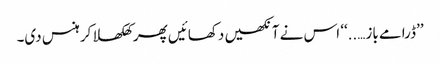
’’ڈرامے باز…..‘‘ اس نے آنکھیں دکھائیں پھر کھلکھلا کر ہنس دی۔